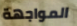
المواجهة